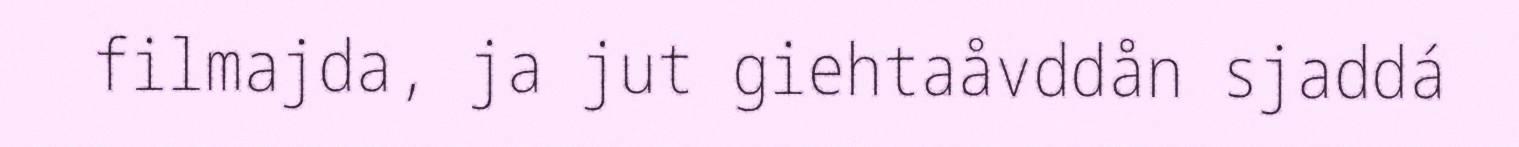
filmajda, ja jut giehtaåvddån sjaddá